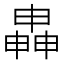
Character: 𬏍